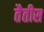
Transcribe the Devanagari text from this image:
तैतीस